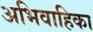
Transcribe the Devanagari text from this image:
अभिवाहिका